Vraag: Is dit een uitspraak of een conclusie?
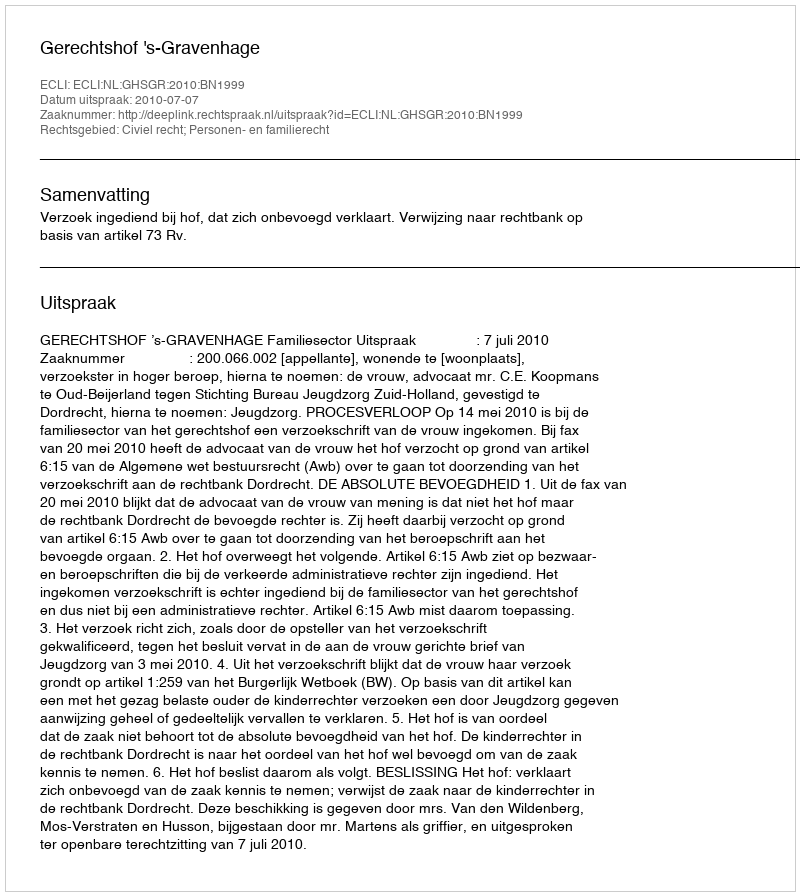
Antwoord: Uitspraak